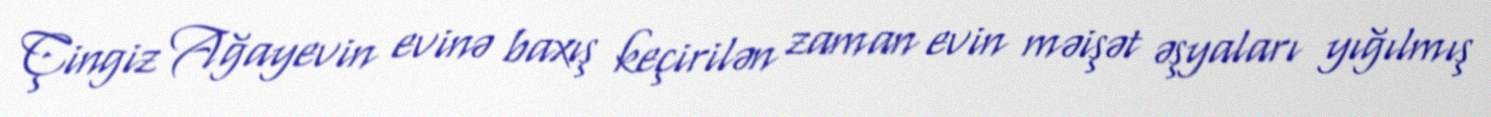
Çingiz Ağayevin evinə baxış keçirilən zaman evin məişət əşyaları yığılmış